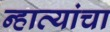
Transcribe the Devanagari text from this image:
न्हाव्यांचा